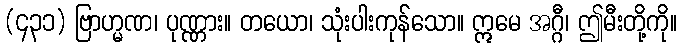
(၄၃၁) ဗြာဟ္မဏ၊ ပုဏ္ဏား။ တယော၊ သုံးပါးကုန်သော။ ဣမေ အဂ္ဂီ၊ ဤမီးတို့ကို။